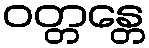
ဝတ္တန္တေ